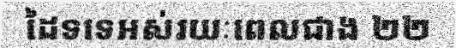
ដៃទទេអស់រយៈពេលជាង ២២